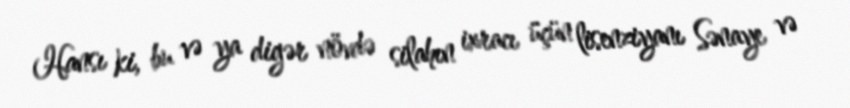
Hansı ki, bu və ya digər növdə silahın ixracı üçün lisenziyanı Sənaye və